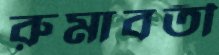
রুমাবতী